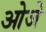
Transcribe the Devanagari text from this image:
ओजे